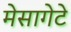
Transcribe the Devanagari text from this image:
मेसागेटे